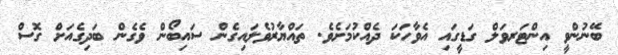
ބޭނުންވީ އިންޓަރވަލް ގަޑީގައި އެވާހަކަ ދެއްކުމަށެވެ. ތައްޔާރުވެލައިގެން ސައިބޯން ވެގެން ބަދިގެއަށް ގޮސް